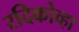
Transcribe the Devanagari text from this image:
रदिकोव्हा